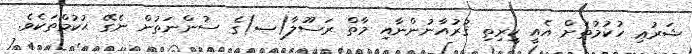
ޝަރުޢި ހުކުމުތަށް އެއީ ކީރިތި ޤުރުއާނުންނާއި މާތް ރަސޫލާ(ޞ)ގެ ސުންނަތުން ނެގޭ ޙުކުމްތަކެވެ.